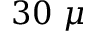
3 0 ~ \mu